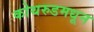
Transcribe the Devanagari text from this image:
कोथरुडमधून